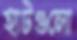
হাটগুলো